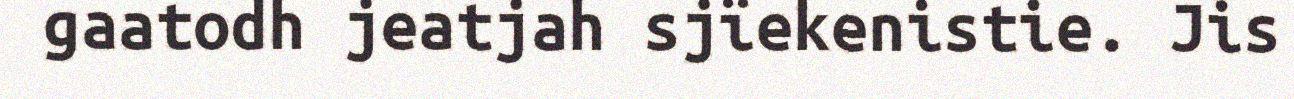
gaatodh jeatjah sjïekenistie. Jis